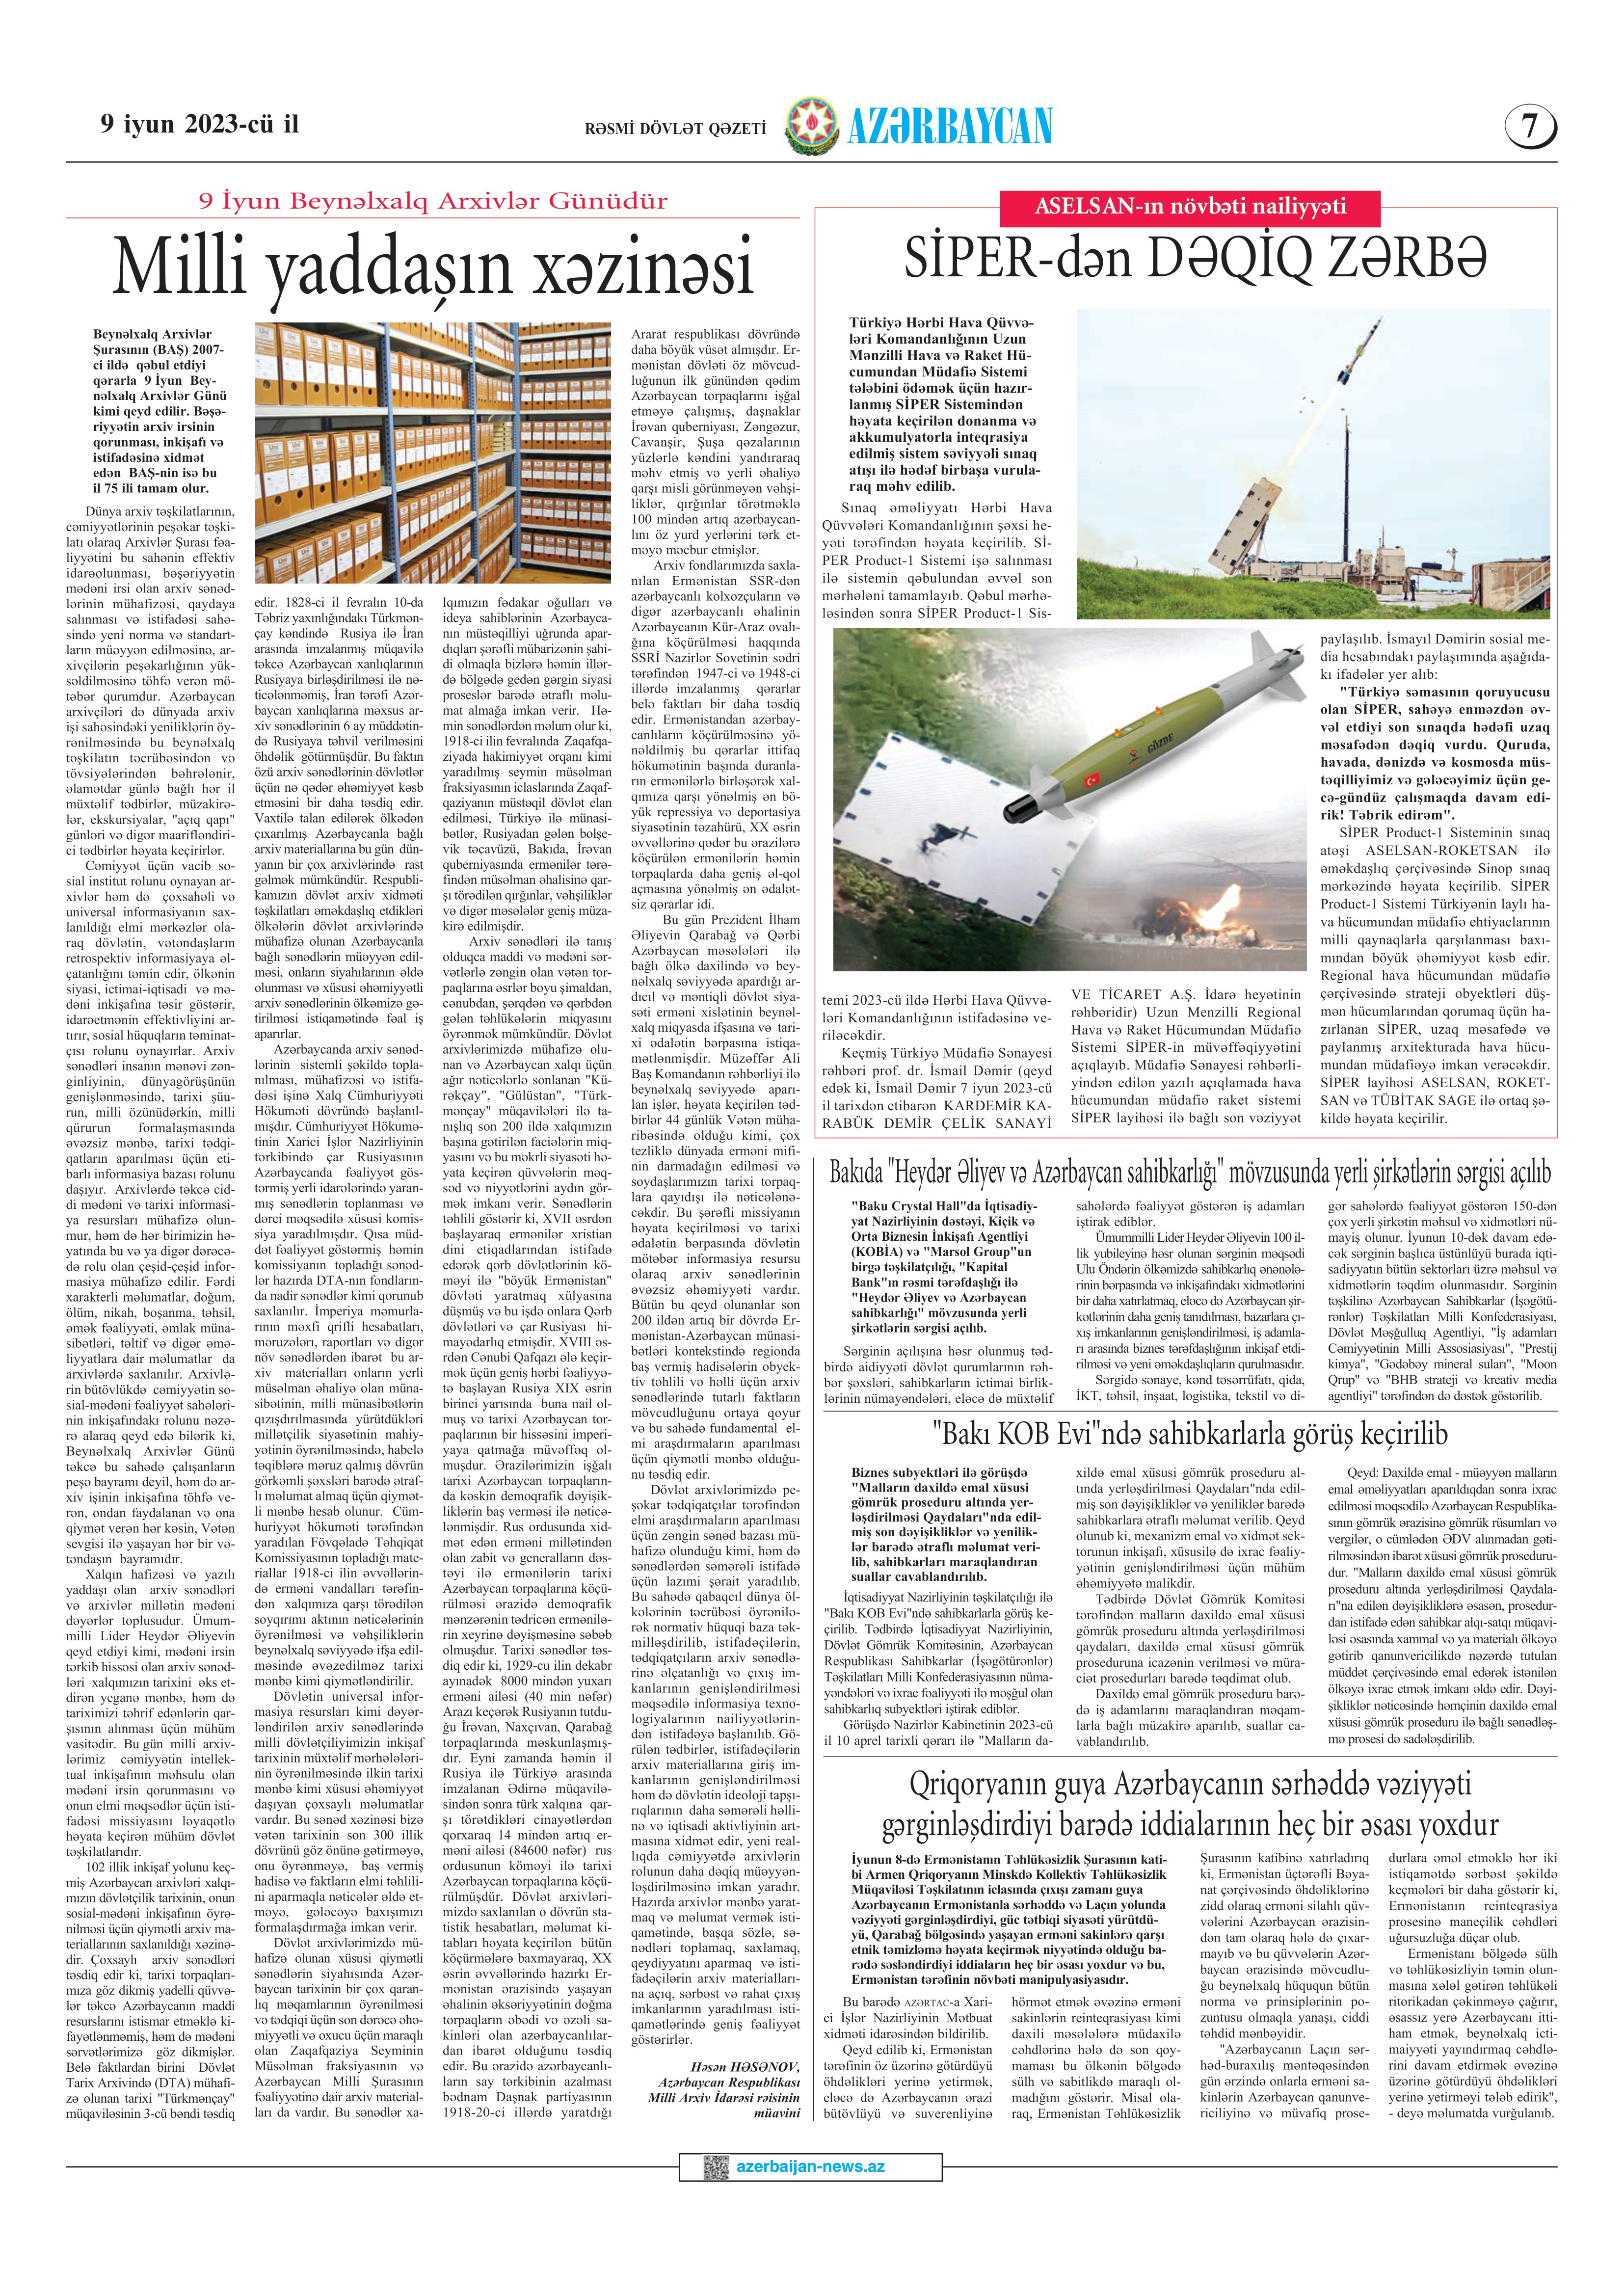
Language: az